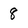
Character: 8